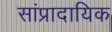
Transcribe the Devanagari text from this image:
सांप्रादायिक